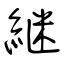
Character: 繼